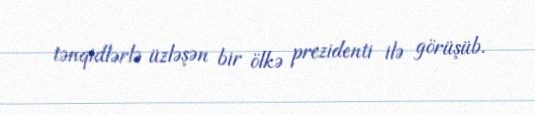
tənqidlərlə üzləşən bir ölkə prezidenti ilə görüşüb.